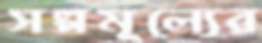
সল্পমূল্যের